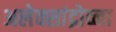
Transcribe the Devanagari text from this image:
अलेक्सांद्रोव्ना